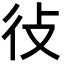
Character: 𫹏